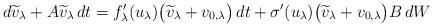
LaTeX: \begin{align*} d\widetilde{v}_\lambda + A\widetilde{v}_\lambda\,dt = f'_\lambda(u_\lambda) \bigl( \widetilde{v}_\lambda + v_{0,\lambda} \bigr)\,dt + \sigma'(u_\lambda) \bigl( \widetilde{v}_\lambda + v_{0,\lambda} \bigr)B\,dW \end{align*}